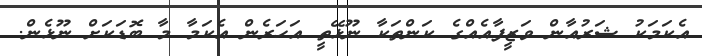
އެކަމަކު ޝަރުއާން ވަޒީފާއެއްގެ ކަންތަކާ ނޫޅޭތީ އަހަރެން އެކަމާ މާ ބޮޑަކަށް ނޫޅެން.